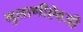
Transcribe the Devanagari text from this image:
मुलाणीऐवजी